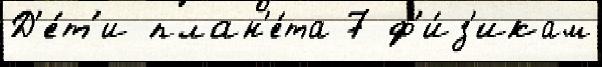
Д'е́т'и план'е́та 7 ф'и́з'икам